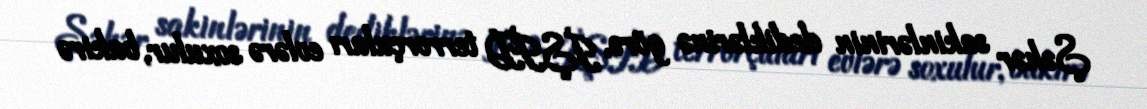
Şəhər sakinlərinin dediklərinə görə, İŞİD terrorçuları evlərə soxulur, bakirə